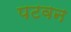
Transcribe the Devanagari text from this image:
पटवन